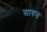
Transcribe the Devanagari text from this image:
सावन्‍त